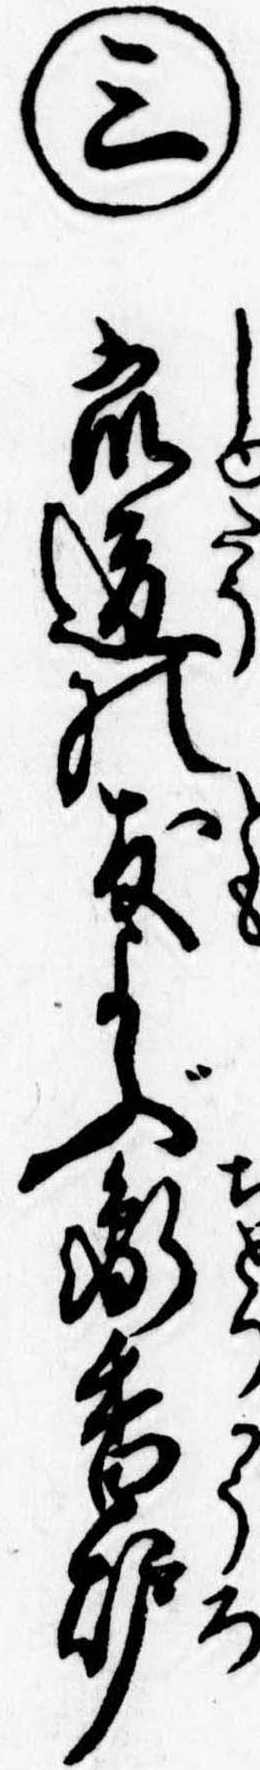
㊂衆道の友よぶ鵆香炉